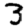
Digit: 3